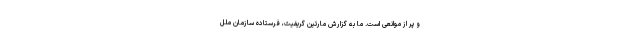
و پر از موانعی است. ما به گزارش مارتین گریفیث، فرستاده سازمان ملل